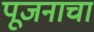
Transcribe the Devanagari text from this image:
पूजनाचा